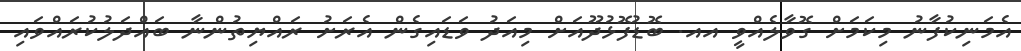
އެމަނިކުފާނު މިކަމަށް ގޮވާލެއްވީ އއ. ބޮޑުފޮޅުދޫއަށް މިއަދު ވަޑައިގެން އެރަށު ރައްޔިތުންނާ ބައްދަލުކުރައްވައި